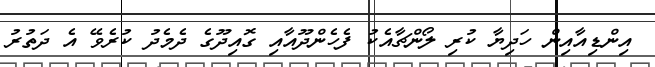
އިންޑިއާއިން ހަދިޔާ ކުރި ލޯންޗާއެކު ފެހެންދޫއާއި ގޮއިދޫގެ ދެމެދު ކުރެވޭ އެ ދަތުރު